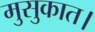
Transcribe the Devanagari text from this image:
मुसुकात।